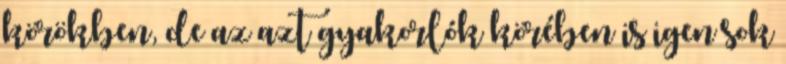
körökben, de az azt gyakorlók körében is igen sok